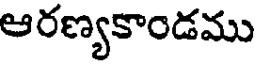
ఆరణ్యకాండము